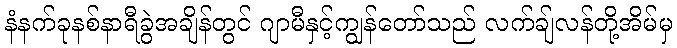
နံနက်ခုနစ်နာရီခွဲအချိန်တွင် ဂျာမီနှင့်ကျွန်တော်သည် လက်ချ်လန်တို့အိမ်မှ